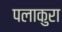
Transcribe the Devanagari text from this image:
पलाकुरा